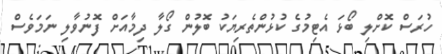
ހުރަސް ކޮށްލި ބޯޅަ އެޓިމުގެ ކުޅުންތެރިޔަކު ބޮލުން ގޯލާ ދިމާއަށް ފޮނުވާލި ނަމަވެސް